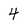
Character: 4